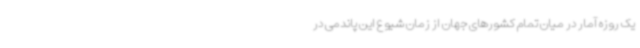
یک روزه آمار در میان تمام کشورهای جهان از زمان شیوع این پاندمی در